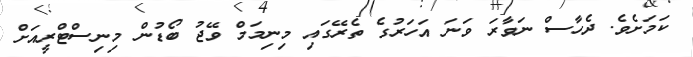
ކަމަށެވެ. ދެހާސް ނަވާރަ ވަނަ އަހަރުގެ ތެރޭގައި މިނިމަމް ވޭޖު ބޯޑުން މިނިސްޓްރީއަށް